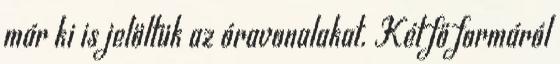
már ki is jelöltük az óravonalakat. Két fő formáról